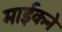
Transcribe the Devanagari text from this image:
माईकने